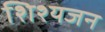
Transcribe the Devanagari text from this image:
शिश्यजन